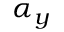
\alpha _ { y }